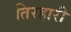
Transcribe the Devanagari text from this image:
तिरहारी